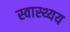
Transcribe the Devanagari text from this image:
स्वास्थ्यय